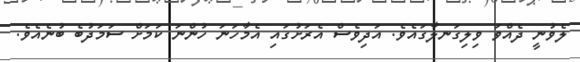
ލެވުނީ ދެއްވަ ވިލިގަނލާގައެވެ. އަދިވެސް އެރަށުގައި އެމާހަނަ ހުންނަ ކަމަށް ސަމަދުބެ ބުނެއެވެ.